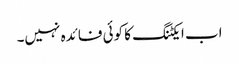
اب ایکٹنگ کا کوئی فائدہ نہیں۔